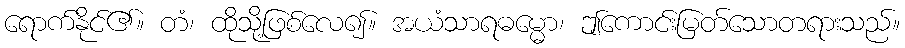
ရောက်နိုင်၏။ တံ၊ ထိုသို့ဖြစ်လေ၍။ အယံသာရဓမ္မော၊ ဤကောင်းမြတ်သောတရားသည်။